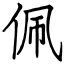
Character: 佩